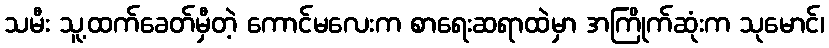
သမီး သူ့ထက်ခေတ်မှီတဲ့ ကောင်မလေးက စာရေးဆရာထဲမှာ အကြိုက်ဆုံးက သုမောင်၊